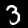
Label: 3